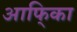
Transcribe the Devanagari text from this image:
आफि्का